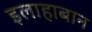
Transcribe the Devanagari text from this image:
इलाहाबान